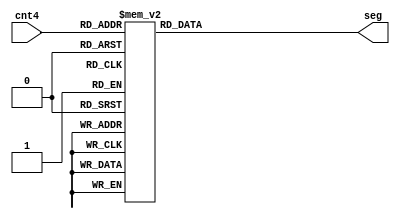
// 8_SEG_HEX_LED
module seg_8_hex_led(
	input wire [3:0] cnt4,
	output reg [7:0] seg
);
	initial seg = 8'b1111_1111;
	
	always @(cnt4) begin
		case (cnt4)
			4'H0: seg = 8'b1100_0000; 4'H1: seg = 8'b1111_1001;
			4'H2: seg = 8'b1010_0100; 4'H3: seg = 8'b1011_0000;
			4'H4: seg = 8'b1001_1001; 4'H5: seg = 8'b1001_0010;
			4'H6: seg = 8'b1000_0010; 4'H7: seg = 8'b1111_1000;
			4'H8: seg = 8'b1000_0000; 4'H9: seg = 8'b1001_0000;
			4'HA: seg = 8'b1000_1000; 4'HB: seg = 8'b1000_0011;
			4'HC: seg = 8'b1100_0110; 4'HD: seg = 8'b1010_0001;
			4'HE: seg = 8'b1000_0110; 4'HF: seg = 8'b1000_1110;
			default: seg = 8'b1111_1111;
		endcase
	end
	
	
endmodule